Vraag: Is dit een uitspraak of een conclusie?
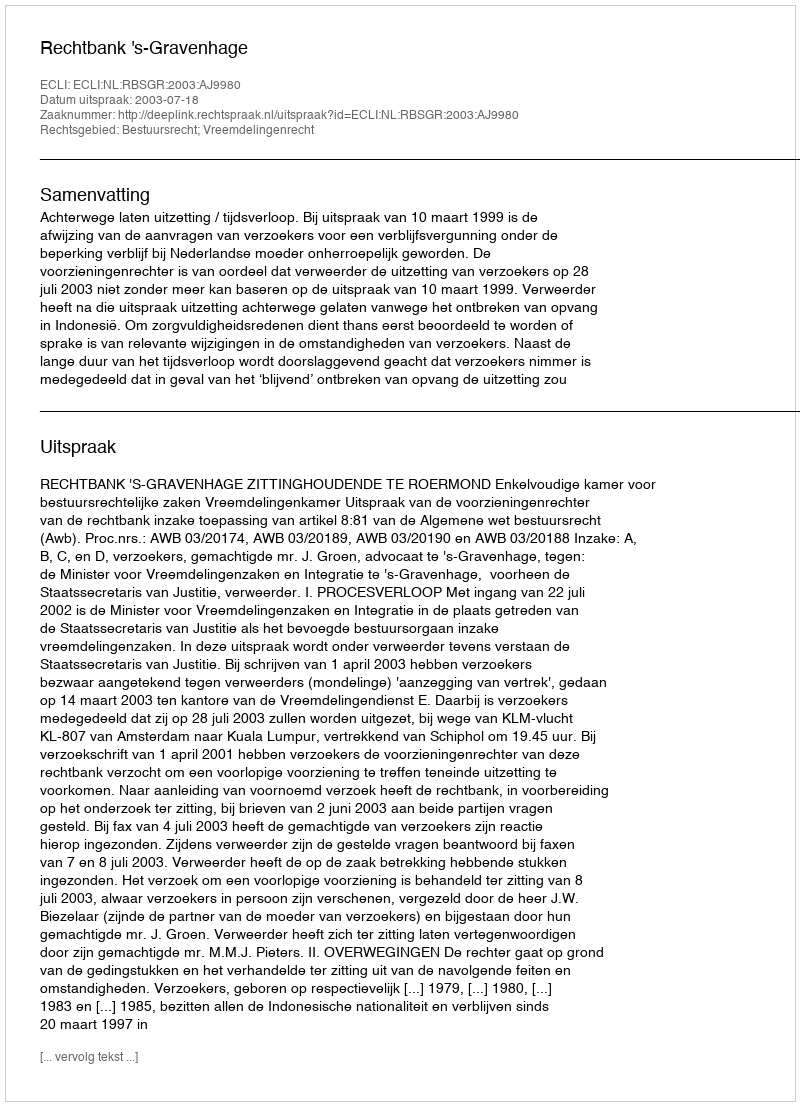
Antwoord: Uitspraak